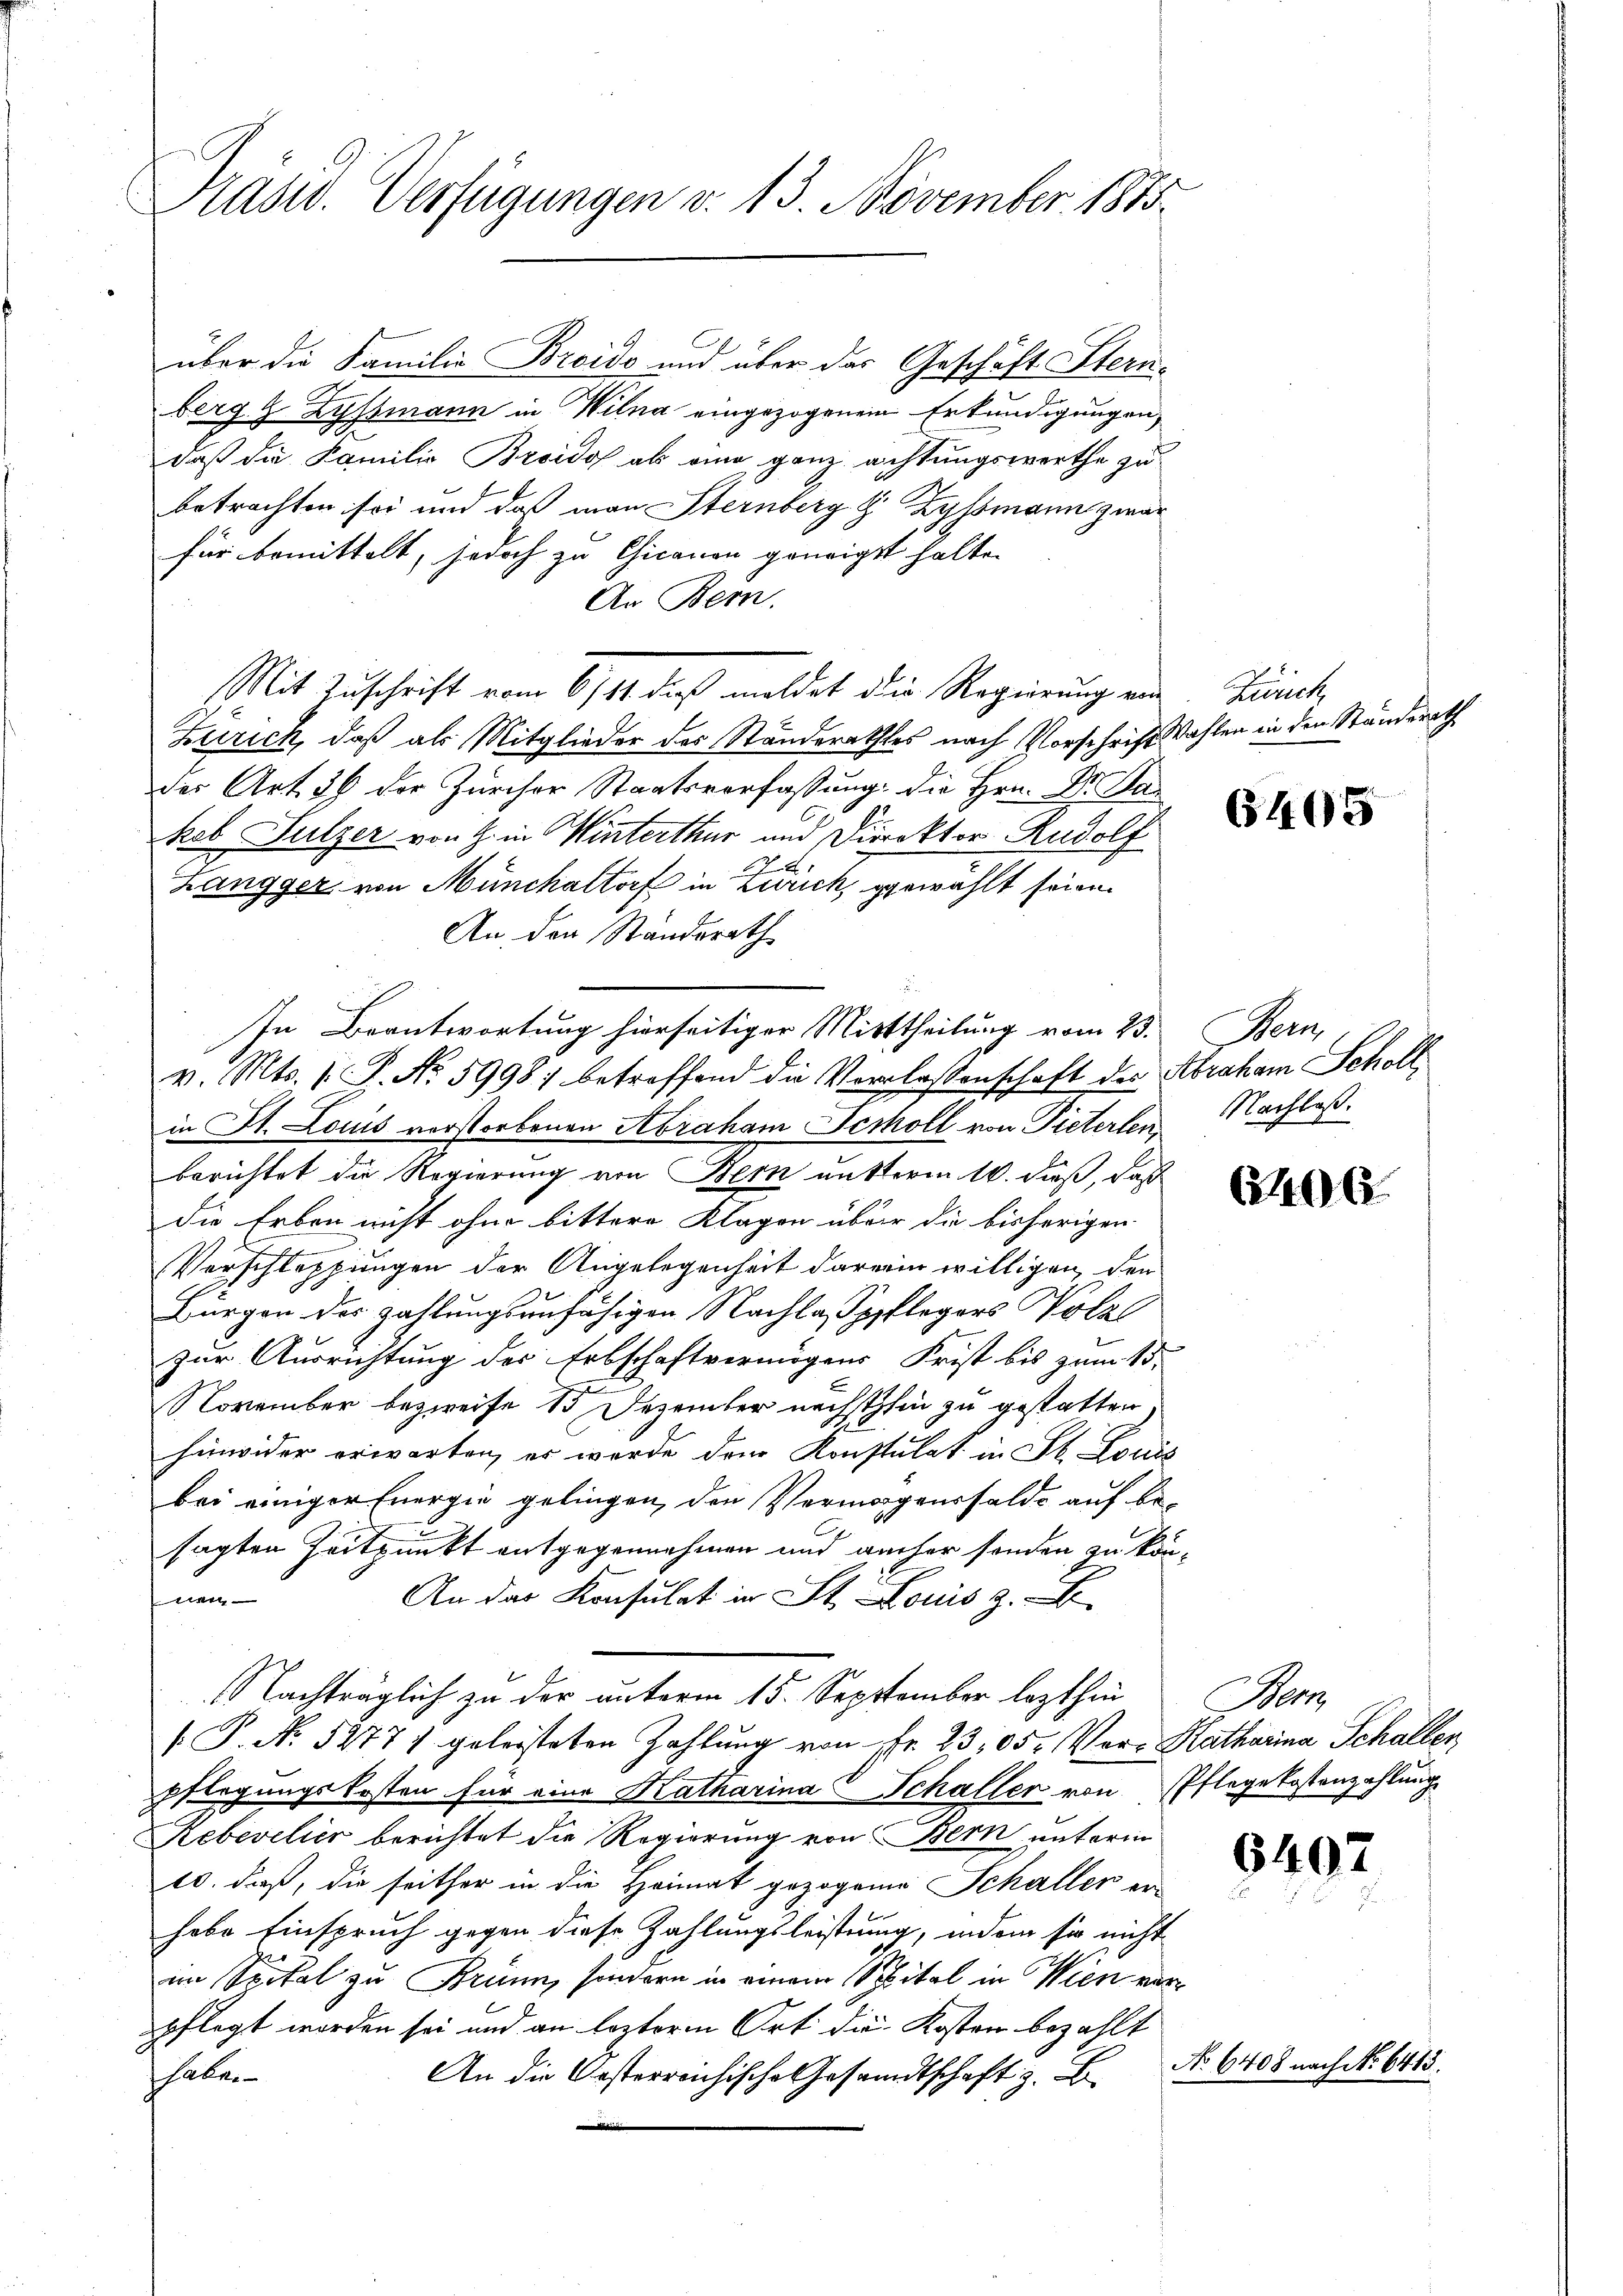
Präsid. Verfügungen v. 13. November 1813.

über die Familie Breido und über das Geschäft Stern-
berg g Zyssmann in Wilna eingezogenem Erkundigungen,
daß die Familie Broido als eine ganz achtungsworthe zu
betrachten sei und daß man Sternberg z. Zyssmann zwar
für bemittelt, jedoch zu Gicanon geneigt halte.
An Bern.
Mit Zuschrift vom 6/14. dieß meldet die Regierung von Zürch
Zürich, daß als Mitglieder des Standerathes nach Vorschrift Wahlen in den Standerath
der Art. 26 der Zürcher Staatsverfassung die Hrn. Dr. Das
kob Sulzer von G. in Hinterthur und Direktor Rudolf
A
3
Langger, von Münchaltorf in Zürich, gewählt seien.
An der Standsrath
In Beantwortung hierseitiger Mittheilung vom 23.
v. Mts. 1. P. Nr. 5998; betreffend die Verlassenschaft des Abraham Scholl
in St. Louis verstorbenen Abraham Scholl von Pieterlen
berichtet die Regierung von Bern mutterm 10. daß, daß
die Erben nicht ohne bittere Klagen über die bisherigen
Verschleppungen der Angelegenheit darein willigen, den
Bürgen der zahlungsunfähigen Nachlaßspflegers Holze
zur Ausrichtung des Erbschaftvermögens Frist bis zum 15.
November bezweife 15 Dezember nächsthin zu gestatten.
hinwider erwarten, es wurde den Konstulat in St. Louis
bei einiger Energie gelingen den Vermögensfelde auf besagten Zeitpunkt entgegennahmen und aucher senden zu kön¬
An das Konsulat in St. Louis z.
n
Nachträglich zu der unterm 15. September lezthin
.P. Nr. 52771 geleisteten Zahlung von Pfr. 23,05. Ver- Katharina Schaller,
pflegungskosten für eine Katharina Schaller von Pflegekostenzahlung
Rebevelier berichtet die Regierung von Bern unterm
10. daß, die seither in die Heimat gezogene Schallen er-
habe Einspruch gegen diese Zahlungsleistung, indem sie nicht
im Spital zu Brünn, sondern in einem Spital in Wien ver
pflegt worden sei und an lezteren Ort die Kosten bezahlt
An die Kosterreichische Gesandtschaft z. B
halte
i

6405

Hem
Nachlaß.

No 6408 nach No 6418.

406

San

6407